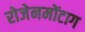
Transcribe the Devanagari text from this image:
रोजेनमोंटाग